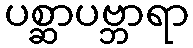
ပစ္ဆာပဗ္ဘာရာ